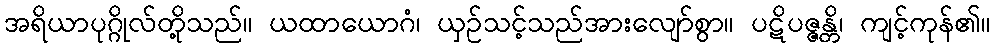
အရိယာပုဂ္ဂိုလ်တို့သည်။ ယထာယောဂံ၊ ယှဉ်သင့်သည်အားလျော်စွာ။ ပဋိပဇ္ဇန္တိ၊ ကျင့်ကုန်၏။